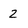
Character: 2